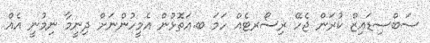
ސަބްސިޑައިޒް ކުރަން ޖެހޭ ރިސޯރޓެއް ހަމަ ބ.އަތޮޅުން އެމީހުންނަށް ދިނީމާ ނިމުނީ އެއް